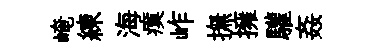
崦練海瘼岞撫擁驩姦